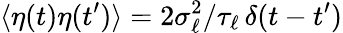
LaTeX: \langle\eta(t)\eta(t^{\prime})\rangle=2\sigma_{\ell}^{2}/{\tau_{\ell}}\, \delta(t-t^{\prime})